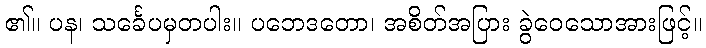
၏။ ပန၊ သင်္ခေပမှတပါး။ ပဘေဒတော၊ အစိတ်အပြား ခွဲဝေသောအားဖြင့်။